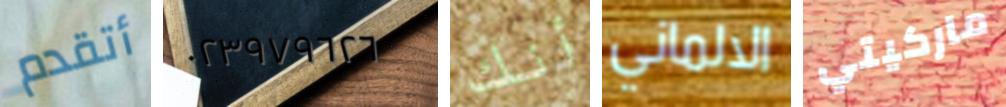
أتقدم ٠٢٣٩٧٩٦٢٦ أنك الالماني ماركيتي